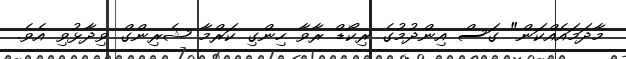
މާދަމައެއްކަން" ގަސް އިންދުމުގެ ރިކޯޑް ރާވާ ހިންގި ކަރްމާ ޝެރިންގް ވިދާޅުވި އެވެ.